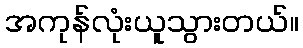
အကုန်လုံးယူသွားတယ်။